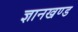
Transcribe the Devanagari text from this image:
ज्ञानखण्ड